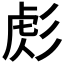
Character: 𢒜